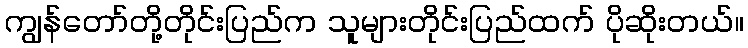
ကျွန်တော်တို့တိုင်းပြည်က သူများတိုင်းပြည်ထက် ပိုဆိုးတယ်။